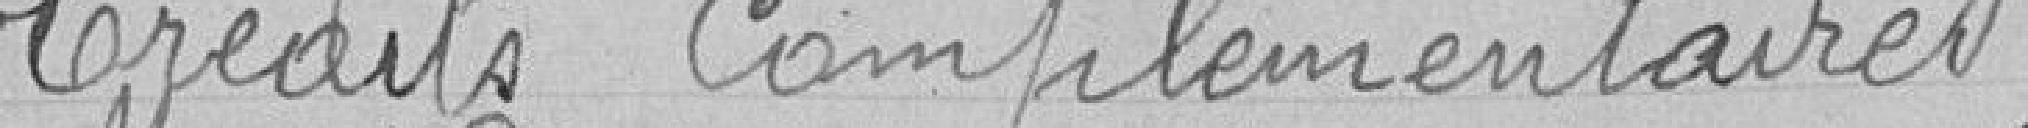
Crédits complémentaires .